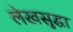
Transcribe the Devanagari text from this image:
लेखसुद्धा